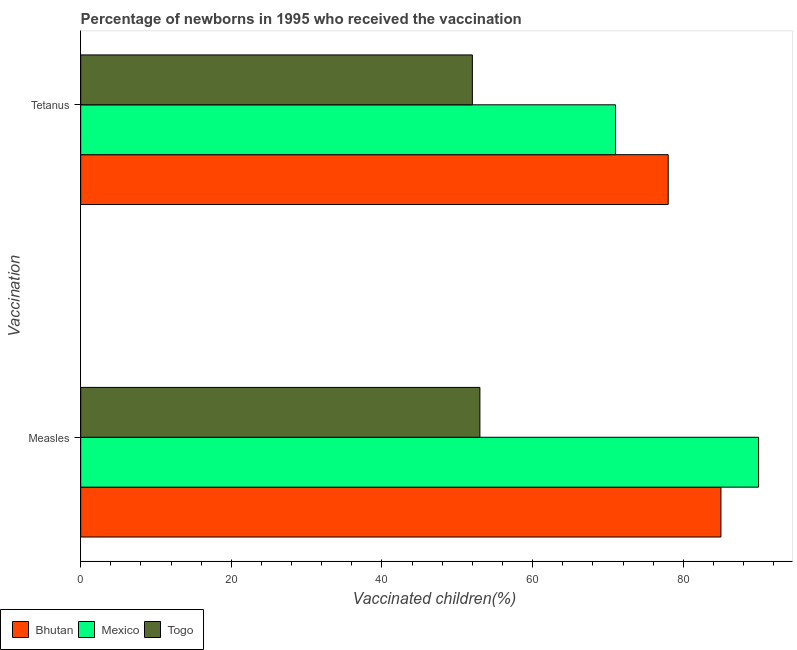
| Vaccination | Bhutan | Mexico | Togo |
 | --- | --- | --- | --- |
 | Measles | 85 | 90 | 53 |
 | Tetanus | 78 | 71 | 52 |